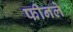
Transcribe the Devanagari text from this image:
फीनले